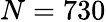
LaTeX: N=730